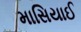
માસિયાઈ